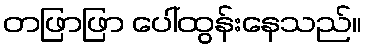
တဖြာဖြာ ပေါ်ထွန်းနေသည်။